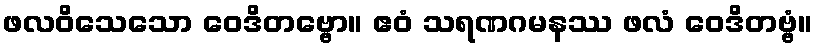
ဖလဝိသေသော ဝေဒိတဗ္ဗော။ ဧဝံ သရဏဂမနဿ ဖလံ ဝေဒိတဗ္ဗံ။